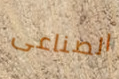
الصناعى